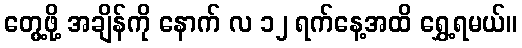
တွေ့ဖို့ အချိန်ကို နောက် လ ၁၂ ရက်နေ့အထိ ရွှေ့ရမယ်။